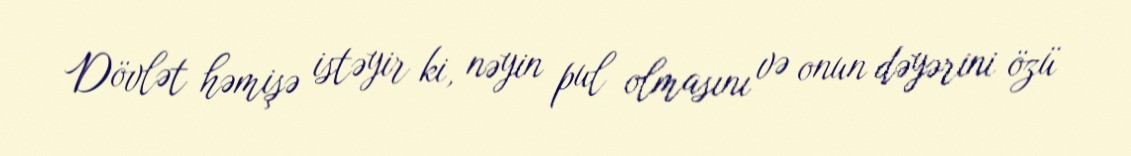
Dövlət həmişə istəyir ki, nəyin pul olmasını və onun dəyərini özü